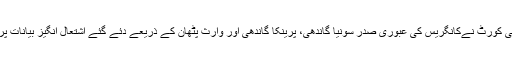
اس دوران دہلی ہائی کورٹ نےکانگریس کی عبوری صدر سونیا گاندھی، پرینکا گاندھی اور وارث پٹھان کے ذریعے دئے گئے اشتعال انگیز بیانات پر بھی سماعت کی۔